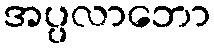
အပ္ပလာဘော